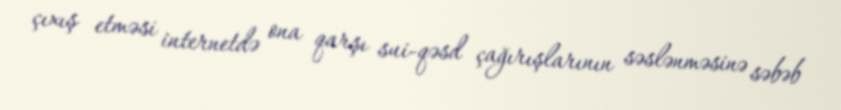
çıxış etməsi internetdə ona qarşı sui-qəsd çağırışlarının səslənməsinə səbəb